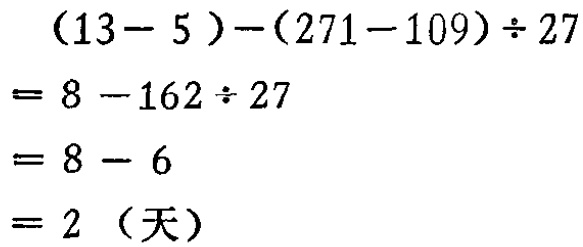
\[(13 - 5)-(271 - 109)\div27\\
= 8 - 162\div27\\
= 8 - 6\\
= 2\ (\text{天})\]